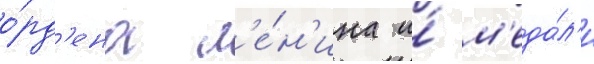
о́рд'ена л'е́н'ина и́ м'еда́л'и